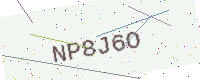
Text: NP8J6O